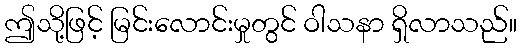
ဤသို့ဖြင့် မြင်းလောင်းမှုတွင် ဝါသနာ ရှိလာသည်။